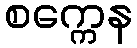
စက္ကေန